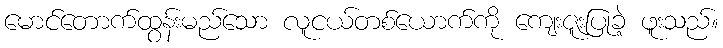
မောင်တောက်ထွန်းမည်သော လူငယ်တစ်ယောက်ကို ကျေးဇူးပြုခဲ့ ဖူးသည်။